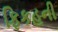
ફિકહની